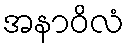
အနာဝိလံ